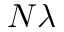
N \lambda